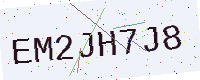
Text: EM2JH7J8